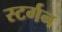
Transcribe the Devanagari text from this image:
स्टर्गन